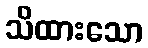
သိထားသော